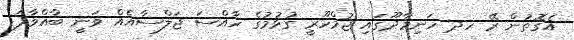
އެގޮތުން ރޭ ހދ ހަނިމާދޫގައި ޖުމްހޫރީ ގުޅުމުގެ ހާއްސަ ޖަލްސާއެއް ވަނީ ބާއްވާފަ